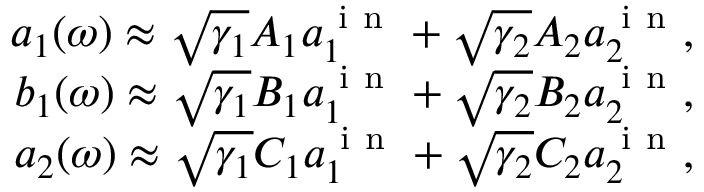
\begin{array} { r } { a _ { 1 } ( \omega ) \approx \sqrt { \gamma _ { 1 } } A _ { 1 } a _ { 1 } ^ { \mathrm { ~ i ~ n ~ } } + \sqrt { \gamma _ { 2 } } A _ { 2 } a _ { 2 } ^ { \mathrm { ~ i ~ n ~ } } , } \\ { b _ { 1 } ( \omega ) \approx \sqrt { \gamma _ { 1 } } B _ { 1 } a _ { 1 } ^ { \mathrm { ~ i ~ n ~ } } + \sqrt { \gamma _ { 2 } } B _ { 2 } a _ { 2 } ^ { \mathrm { ~ i ~ n ~ } } , } \\ { a _ { 2 } ( \omega ) \approx \sqrt { \gamma _ { 1 } } C _ { 1 } a _ { 1 } ^ { \mathrm { ~ i ~ n ~ } } + \sqrt { \gamma _ { 2 } } C _ { 2 } a _ { 2 } ^ { \mathrm { ~ i ~ n ~ } } , } \end{array}